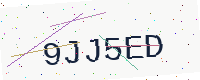
Text: 9JJ5ED